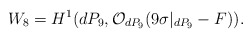
\begin{align*}W_8 = H^{1} (dP_9, {\cal O}_{dP_9}(9 \sigma|_{dP_9}-F)).\end{align*}